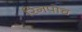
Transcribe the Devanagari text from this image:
रिनपोच